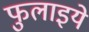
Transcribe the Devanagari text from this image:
फुलाइये